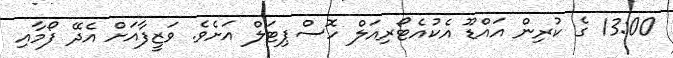
13:00 ގެ ކުރިން އައްޑޫ އެކުއެޓޯރިއަލް ހޮސްޕިޓަލް އަށެވެ. ވަޒީފާއަށް އެދޭ ފޯމާއި